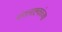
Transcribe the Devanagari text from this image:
मंगलाष्टकांच्या